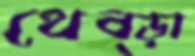
থেব্‌ড়া